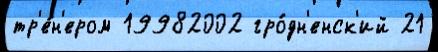
тр'е́н'ером 19982002 гро́дн'енск'ий 21